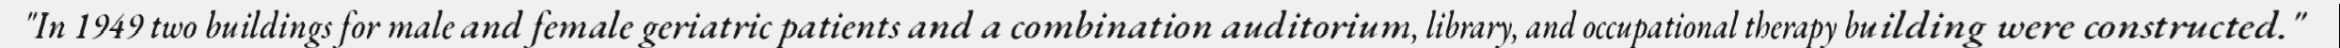
"In 1949 two buildings for male and female geriatric patients and a combination auditorium, library, and occupational therapy building were constructed."